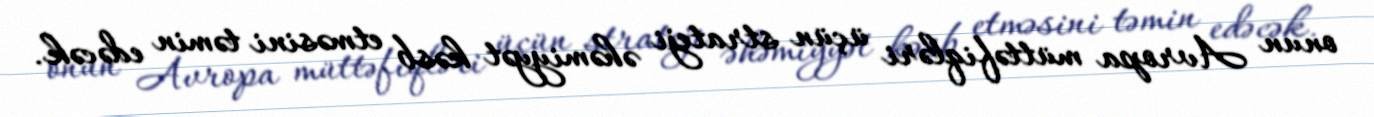
onun Avropa müttəfiqləri üçün strateji əhəmiyyət kəsb etməsini təmin edəcək.